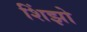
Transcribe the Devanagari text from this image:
शिंझो